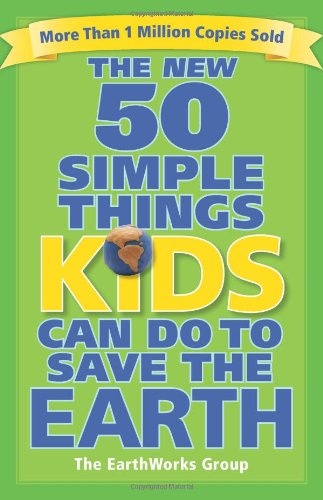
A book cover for The New 50 Simple Things Kids Can Do to Save the Earth; EarthWorks Group; Crafts, Hobbies & Home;